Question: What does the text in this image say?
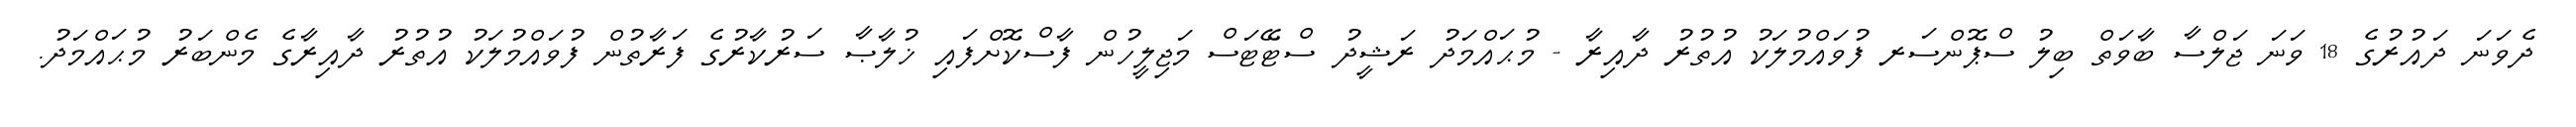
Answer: ދެވަނަ ދައުރުގެ 18 ވަނަ ޖަލްސާ ބާވަތް ބިލު ސްޕޮންސަރ ފުވައްމުލަކު އުތުރު ދާއިރާ - މުޙައްމަދު ރަޝީދު ސްޓޭޓަސް މަޖިލީހުން ފާސްކޮށްފައި ޚުލާޞާ ސަރުކާރުގެ ފަރާތުން ފުވައްމުލަކު އުތުރު ދާއިރާގެ މެންބަރު މުޙައްމަދު.